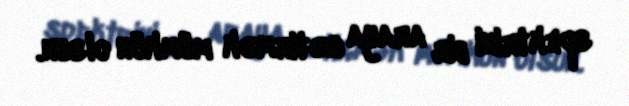
spektrini bir araya gətirmək mümkün olsun.